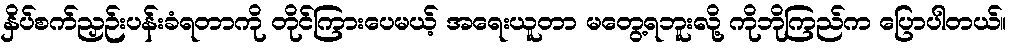
နှိပ်စက်ညှဉ်းပန်းခံရတာကို တိုင်ကြားပေမယ့် အရေးယူတာ မတွေ့ရဘူးလို့ ကိုဘိုကြည်က ပြောပါတယ်။